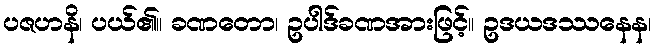
ပဇဟနိ၊ ပယ်၏။ ခဏတော၊ ဥပါဒ်ခဏအားဖြင့်။ ဥဒယဒဿနေန၊